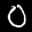
Label: 0